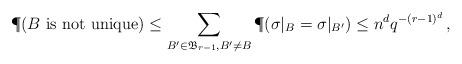
LaTeX: \begin{align*}\P(B \mbox{ is not unique}) \leq \sum_{B'\in \mathfrak B_{r-1}, B'\neq B} \P(\sigma|_B = \sigma|_{B'}) \leq n^d q^{-(r-1)^{d}}\,,\end{align*}